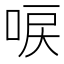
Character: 唳